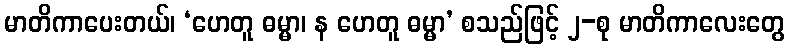
မာတိကာပေးတယ်၊ ‘ဟေတူ ဓမ္မာ၊ န ဟေတူ ဓမ္မာ’ စသည်ဖြင့် ၂-စု မာတိကာလေးတွေ